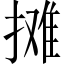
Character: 摊